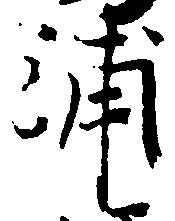
浦